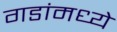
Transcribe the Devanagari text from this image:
गडांमध्ये